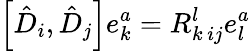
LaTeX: \left[\hat{D}_{i},\hat{D}_{j}\right]e_{k}^{a}=R_{k\, ij}^{l}e_{l}^{a}